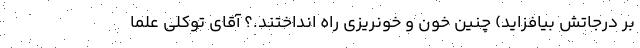
بر درجاتش بیافزاید) چنین خون و خونریزی راه انداختند.؟ آقای توکلی علما